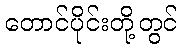
တောင်ပိုင်းတို့တွင်